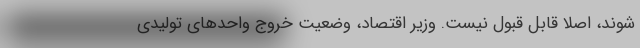
شوند، اصلا قابل قبول نیست. وزیر اقتصاد، وضعیت خروج واحدهای تولیدی